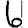
Digit: 6